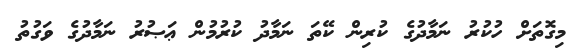
މިގޮތަށް ހުކުރު ނަމާދުގެ ކުރިން ކޭތަ ނަމާދު ކުރުމުން ޢަޞުރު ނަމާދުގެ ވަގުތު